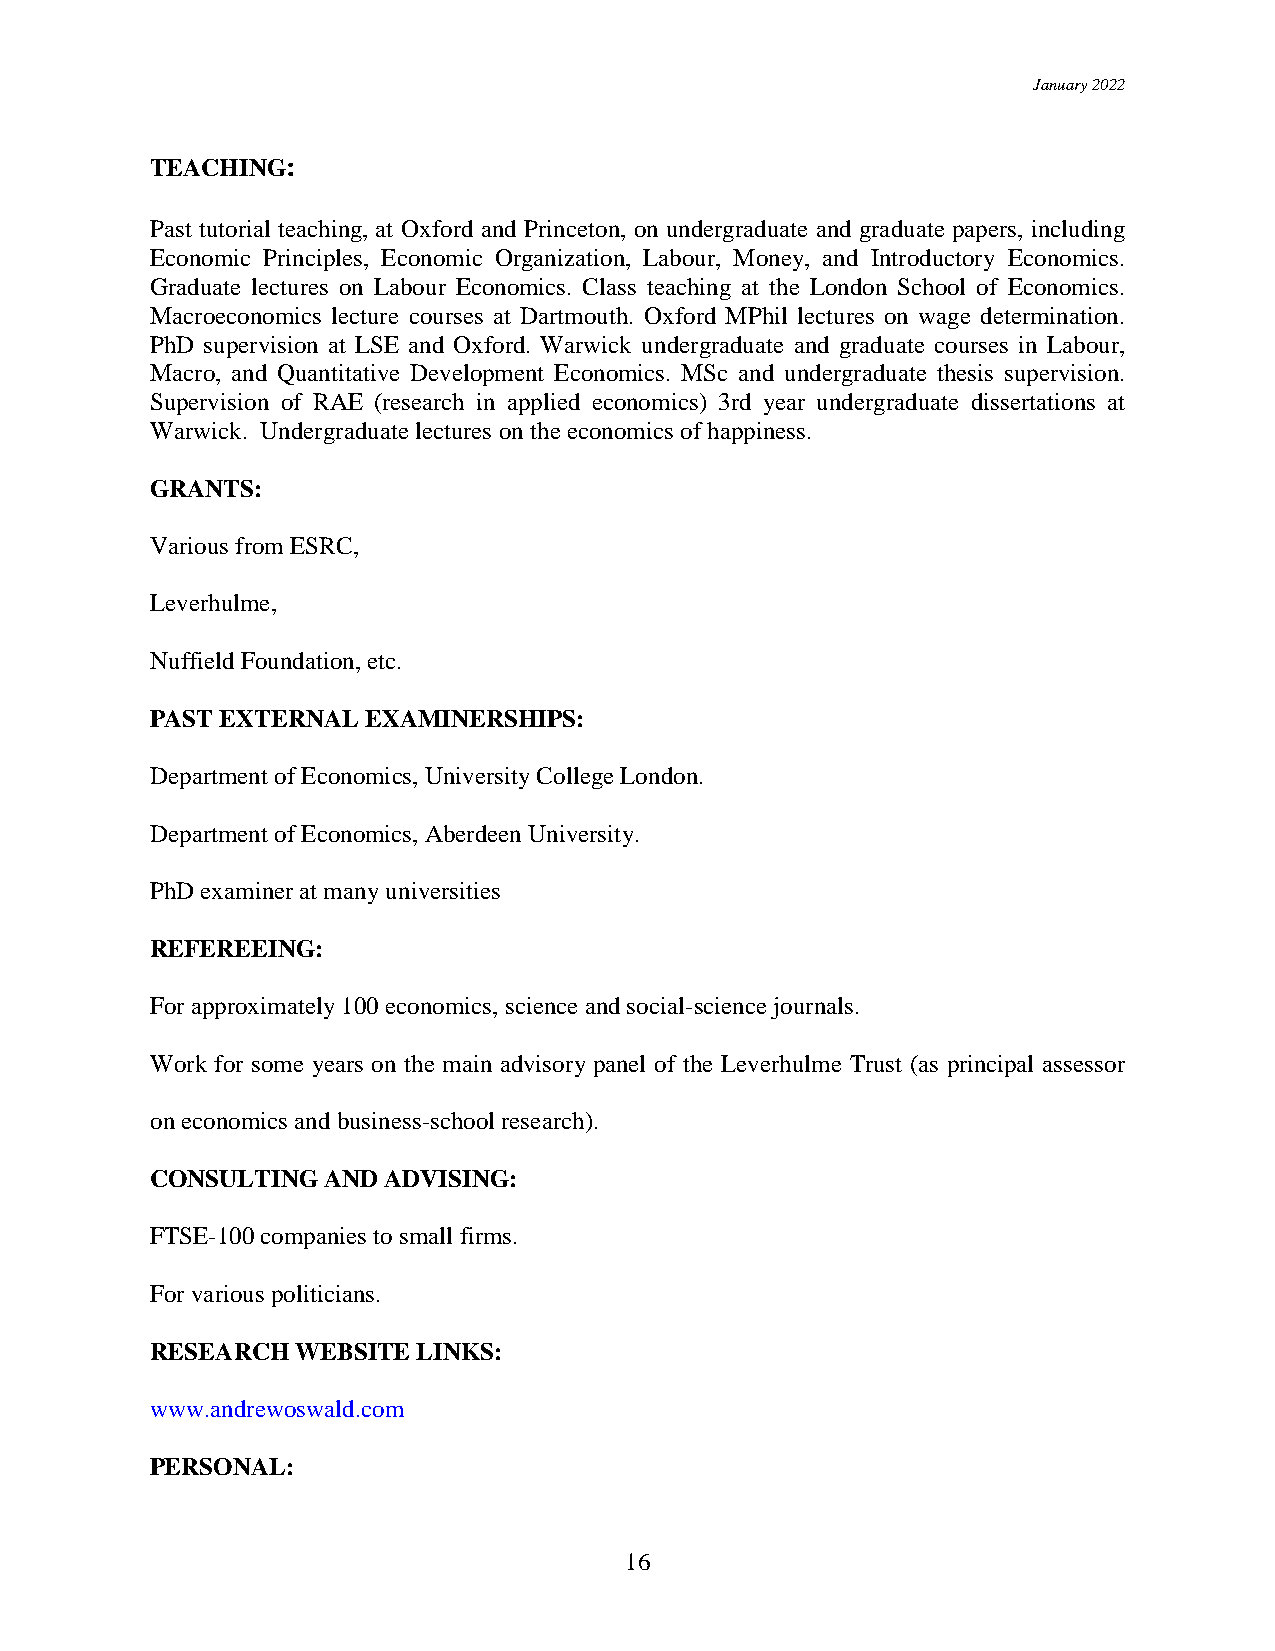
January 2022
 TEACHING:
 Past tutorial teaching, at Oxford and Princeton, on undergraduate and graduate papers, including
 Economic Principles, Economic Organization, Labour, Money, and Introductory Economics.
 Graduate lectures on Labour Economics. Class teaching at the London School of Economics.
 Macroeconomics lecture courses at Dartmouth. Oxford MPhil lectures on wage determination.
 PhD supervision at LSE and Oxford. Warwick undergraduate and graduate courses in Labour,
 Macro, and Quantitative Development Economics. MSc and undergraduate thesis supervision.
 Supervision of RAE (research in applied economics) 3rd year undergraduate dissertations at
 Warwick. Undergraduate lectures on the economics of happiness.
 GRANTS:
 Various from ESRC,
 Leverhulme,
 Nuffield Foundation, etc.
 PAST EXTERNAL EXAMINERSHIPS:
 Department of Economics, University College London.
 Department of Economics, Aberdeen University.
 PhD examiner at many universities
 REFEREEING:
 For approximately 100 economics, science and social-science journals.
 Work for some years on the main advisory panel of the Leverhulme Trust (as principal assessor
 on economics and business-school research).
 CONSULTING AND ADVISING:
 FTSE-100 companies to small firms.
 For various politicians.
 RESEARCH  WEBSITE LINKS:
 www.andrewoswald.com
 PERSONAL:
 16